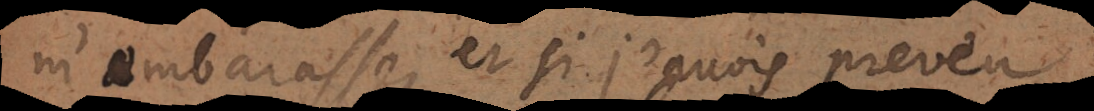
m’embarrasse, et si j’avois preveu